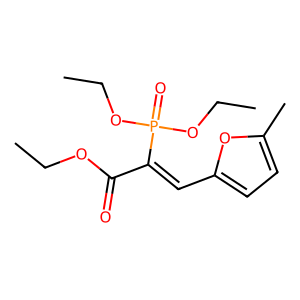
SMILES: CCOC(=O)C(=Cc1ccc(C)o1)P(=O)(OCC)OCC
Inhibits HIV replication: No